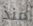
منذ